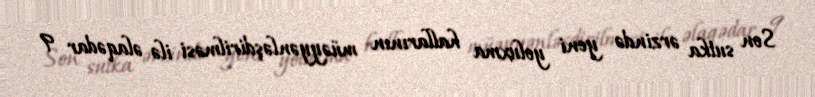
Son sutka ərzində yeni yoluxma hallarının müəyyənləşdirilməsi ilə əlaqədar 9